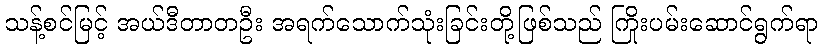
သန့်စင်မြင့် အယ်ဒီတာတဦး အရက်သောက်သုံးခြင်းတို့ဖြစ်သည် ကြိုးပမ်းဆောင်ရွက်ရာ